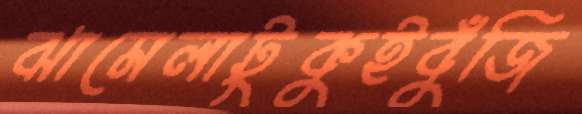
ঝামেলাটুকুইবুঁজি